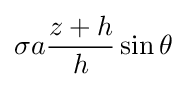
\sigma a{\frac {z+h}{h}}\sin \theta